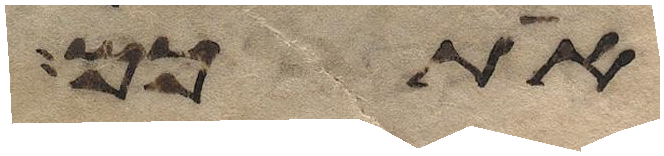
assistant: אתכם